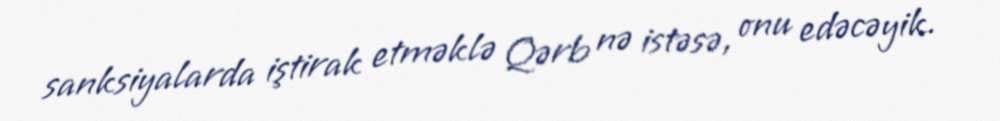
sanksiyalarda iştirak etməklə Qərb nə istəsə, onu edəcəyik.